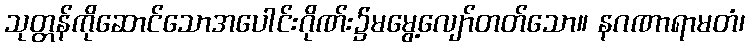
သုတ္တန်ကိုဆောင်သောအပေါင်းဂိုဏ်း၌မမွေ့လျော်တတ်သော။ နဂဏာရာမတံ၊